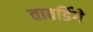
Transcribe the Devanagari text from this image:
वावडिंगे